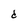
Character: d